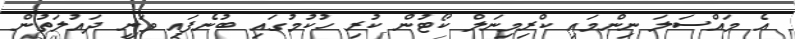
އެ މައްސަލަ ނިންމައި ކްރިމިނަލް ކޯޓުން ކުރި ހުކުމުގައި ބުނެފައި ވަނީ ދައުލަތުން